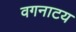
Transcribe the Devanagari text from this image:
वगनाटय